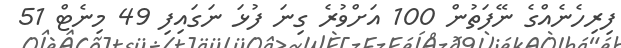
ފިރިހެނެއްގެ ނޭފަތުން 100 އަށްވުރެ ގިނަ ފުޅަ ނަގައިފި 49 މިނެޓް 51